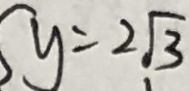
y = 2 \sqrt { 3 }